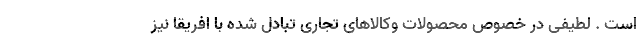
است . لطیفی در خصوص محصولات وکالاهای تجاری تبادل شده با افریقا نیز